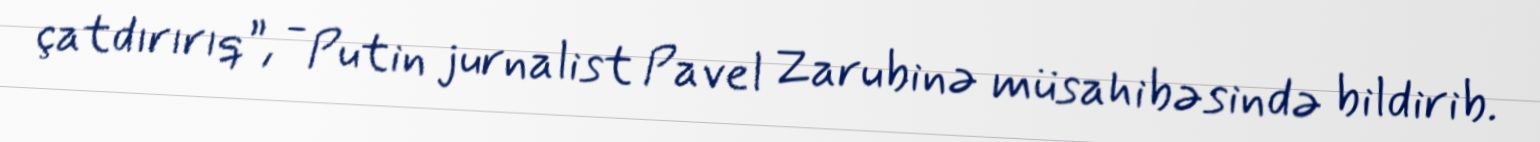
çatdırırıq”, - Putin jurnalist Pavel Zarubinə müsahibəsində bildirib.